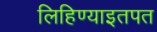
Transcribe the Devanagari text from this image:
लिहिण्याइतपत